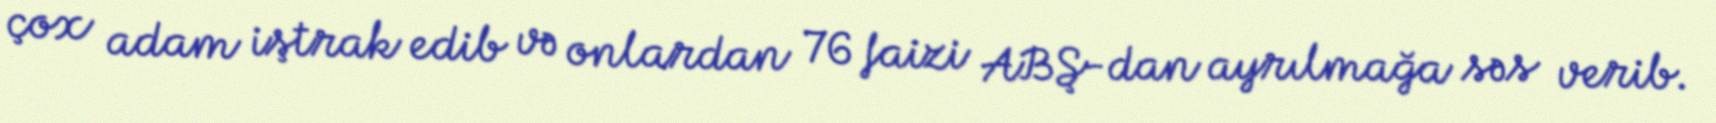
çox adam iştrak edib və onlardan 76 faizi ABŞ-dan ayrılmağa səs verib.